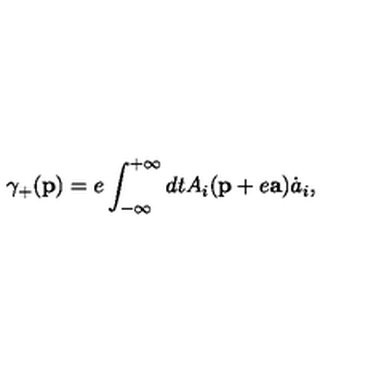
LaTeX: \gamma _ { + } ( { \bf p } ) = e \int _ { - \infty } ^ { + \infty } d t A _ { i } ( { \bf p } + e { \bf a } ) \dot { a } _ { i } ,